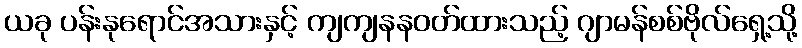
ယခု ပန်းနုရောင်အသားနှင့် ကျကျနနဝတ်ထားသည့် ဂျာမန်စစ်ဗိုလ်ရှေ့သို့